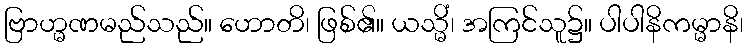
ဗြာဟ္မဏမည်သည်။ ဟောတိ၊ ဖြစ်၏။ ယသ္မိံ၊ အကြင်သူ၌။ ပါပါနိကမ္မာနိ၊